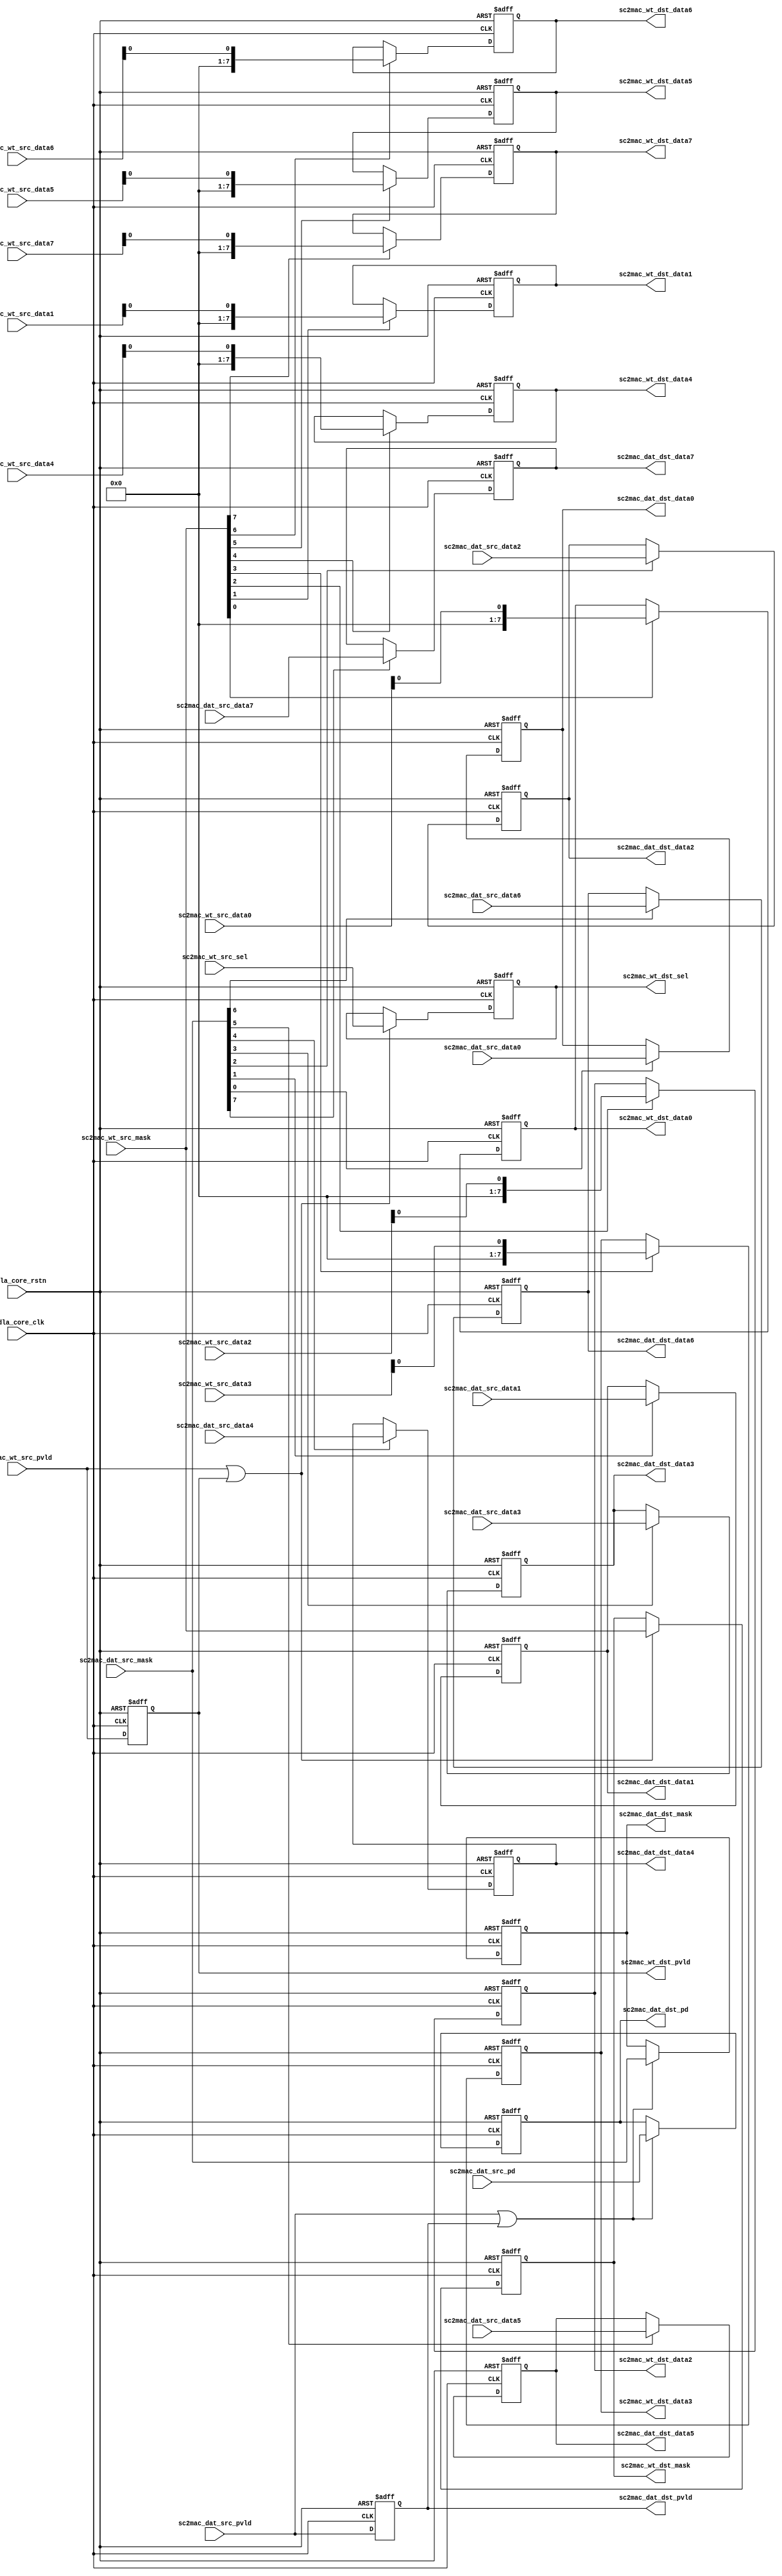
// ================================================================
// NVDLA Open Source Project
//
// Copyright(c) 2016 - 2017 NVIDIA Corporation. Licensed under the
// NVDLA Open Hardware License; Check "LICENSE" which comes with
// this distribution for more information.
// ================================================================
// ================================================================
// NVDLA Open Source Project
// 
// Copyright(c) 2016 - 2017 NVIDIA Corporation.  Licensed under the
// NVDLA Open Hardware License; Check "LICENSE" which comes with 
// this distribution for more information.
// ================================================================
    //entry bits
    //atomC
    //in bytes, entry/8
    //CSC_ENTRY_HEX/2
    //CSC_ENTRY_HEX/4
    //CSC_ENTRY_HEX-1
    //atomK
    //atomK
    //atomK*2
    `define CC_ATOMC_DIV_ATOMK_EQUAL_1
//image stripe keep 2*atomK
//batch keep 1
module NV_NVDLA_RT_csc2cmac_b(
   nvdla_core_clk
  ,nvdla_core_rstn
  ,sc2mac_wt_src_pvld
  ,sc2mac_wt_src_mask
//: for(my $i=0; $i<8; $i++){
//: print ",sc2mac_wt_src_data${i} \n";
//: }
//| eperl: generated_beg (DO NOT EDIT BELOW)
,sc2mac_wt_src_data0 
,sc2mac_wt_src_data1 
,sc2mac_wt_src_data2 
,sc2mac_wt_src_data3 
,sc2mac_wt_src_data4 
,sc2mac_wt_src_data5 
,sc2mac_wt_src_data6 
,sc2mac_wt_src_data7 

//| eperl: generated_end (DO NOT EDIT ABOVE)
  ,sc2mac_wt_src_sel
  ,sc2mac_dat_src_pvld
  ,sc2mac_dat_src_mask
//: for(my $i=0; $i<8; $i++){
//: print ",sc2mac_dat_src_data${i} \n";
//: }
//| eperl: generated_beg (DO NOT EDIT BELOW)
,sc2mac_dat_src_data0 
,sc2mac_dat_src_data1 
,sc2mac_dat_src_data2 
,sc2mac_dat_src_data3 
,sc2mac_dat_src_data4 
,sc2mac_dat_src_data5 
,sc2mac_dat_src_data6 
,sc2mac_dat_src_data7 

//| eperl: generated_end (DO NOT EDIT ABOVE)
  ,sc2mac_dat_src_pd
  ,sc2mac_wt_dst_pvld
  ,sc2mac_wt_dst_mask
//: for(my $i=0; $i<8; $i++){
//: print ",sc2mac_wt_dst_data${i} \n";
//: }
//| eperl: generated_beg (DO NOT EDIT BELOW)
,sc2mac_wt_dst_data0 
,sc2mac_wt_dst_data1 
,sc2mac_wt_dst_data2 
,sc2mac_wt_dst_data3 
,sc2mac_wt_dst_data4 
,sc2mac_wt_dst_data5 
,sc2mac_wt_dst_data6 
,sc2mac_wt_dst_data7 

//| eperl: generated_end (DO NOT EDIT ABOVE)
  ,sc2mac_wt_dst_sel
  ,sc2mac_dat_dst_pvld
  ,sc2mac_dat_dst_mask
//: for(my $i=0; $i<8; $i++){
//: print ",sc2mac_dat_dst_data${i} \n";
//: }
//| eperl: generated_beg (DO NOT EDIT BELOW)
,sc2mac_dat_dst_data0 
,sc2mac_dat_dst_data1 
,sc2mac_dat_dst_data2 
,sc2mac_dat_dst_data3 
,sc2mac_dat_dst_data4 
,sc2mac_dat_dst_data5 
,sc2mac_dat_dst_data6 
,sc2mac_dat_dst_data7 

//| eperl: generated_end (DO NOT EDIT ABOVE)
  ,sc2mac_dat_dst_pd
  );
//
// NV_NVDLA_RT_csc2cmac_ports.v
//
input nvdla_core_clk;
input nvdla_core_rstn;
input sc2mac_wt_src_pvld; /* data valid */
input [8 -1:0] sc2mac_wt_src_mask;
//: my $bb=8;
//: for(my $i=0; $i<8; $i++){
//: print "input   [${bb}-1:0] sc2mac_wt_src_data${i};  \n";
//: }
//| eperl: generated_beg (DO NOT EDIT BELOW)
input   [8-1:0] sc2mac_wt_src_data0;  
input   [8-1:0] sc2mac_wt_src_data1;  
input   [8-1:0] sc2mac_wt_src_data2;  
input   [8-1:0] sc2mac_wt_src_data3;  
input   [8-1:0] sc2mac_wt_src_data4;  
input   [8-1:0] sc2mac_wt_src_data5;  
input   [8-1:0] sc2mac_wt_src_data6;  
input   [8-1:0] sc2mac_wt_src_data7;  

//| eperl: generated_end (DO NOT EDIT ABOVE)
input [8/2 -1:0] sc2mac_wt_src_sel;
input sc2mac_dat_src_pvld; /* data valid */
input [8 -1:0] sc2mac_dat_src_mask;
//: my $bb=8;
//: for(my $i=0; $i<8; $i++){
//: print "input   [${bb}-1:0] sc2mac_dat_src_data${i};  \n";
//: }
//| eperl: generated_beg (DO NOT EDIT BELOW)
input   [8-1:0] sc2mac_dat_src_data0;  
input   [8-1:0] sc2mac_dat_src_data1;  
input   [8-1:0] sc2mac_dat_src_data2;  
input   [8-1:0] sc2mac_dat_src_data3;  
input   [8-1:0] sc2mac_dat_src_data4;  
input   [8-1:0] sc2mac_dat_src_data5;  
input   [8-1:0] sc2mac_dat_src_data6;  
input   [8-1:0] sc2mac_dat_src_data7;  

//| eperl: generated_end (DO NOT EDIT ABOVE)
input [8:0] sc2mac_dat_src_pd;
output sc2mac_wt_dst_pvld; /* data valid */
output [8 -1:0] sc2mac_wt_dst_mask;
//: my $bb=8;
//: for(my $i=0; $i<8; $i++){
//: print "output   [${bb}-1:0] sc2mac_wt_dst_data${i};  \n";
//: }
//| eperl: generated_beg (DO NOT EDIT BELOW)
output   [8-1:0] sc2mac_wt_dst_data0;  
output   [8-1:0] sc2mac_wt_dst_data1;  
output   [8-1:0] sc2mac_wt_dst_data2;  
output   [8-1:0] sc2mac_wt_dst_data3;  
output   [8-1:0] sc2mac_wt_dst_data4;  
output   [8-1:0] sc2mac_wt_dst_data5;  
output   [8-1:0] sc2mac_wt_dst_data6;  
output   [8-1:0] sc2mac_wt_dst_data7;  

//| eperl: generated_end (DO NOT EDIT ABOVE)
output [8/2 -1:0] sc2mac_wt_dst_sel;
output sc2mac_dat_dst_pvld; /* data valid */
output [8 -1:0] sc2mac_dat_dst_mask;
//: my $bb=8;
//: for(my $i=0; $i<8; $i++){
//: print "output   [${bb}-1:0] sc2mac_dat_dst_data${i};  \n";
//: }
//| eperl: generated_beg (DO NOT EDIT BELOW)
output   [8-1:0] sc2mac_dat_dst_data0;  
output   [8-1:0] sc2mac_dat_dst_data1;  
output   [8-1:0] sc2mac_dat_dst_data2;  
output   [8-1:0] sc2mac_dat_dst_data3;  
output   [8-1:0] sc2mac_dat_dst_data4;  
output   [8-1:0] sc2mac_dat_dst_data5;  
output   [8-1:0] sc2mac_dat_dst_data6;  
output   [8-1:0] sc2mac_dat_dst_data7;  

//| eperl: generated_end (DO NOT EDIT ABOVE)
output [8:0] sc2mac_dat_dst_pd;
//: my $delay = 1;
//: my $i;
//: my $j;
//: my $k;
//: my $bb=8;
//: my $kk=8/2;
//: my $cc=8;
//: print "wire sc2mac_wt_pvld_d0 = sc2mac_wt_src_pvld;\n";
//: print "wire[${kk}-1:0] sc2mac_wt_sel_d0 = sc2mac_wt_src_sel;\n";
//: print "wire[${cc}-1:0] sc2mac_wt_mask_d0 = sc2mac_wt_src_mask;\n";
//: for($k = 0; $k <8; $k ++) {
//: print "wire sc2mac_wt_data${k}_d0 = sc2mac_wt_src_data${k};\n";
//: }
//:
//: print "wire sc2mac_dat_pvld_d0 = sc2mac_dat_src_pvld;\n";
//: print "wire[8:0] sc2mac_dat_pd_d0 = sc2mac_dat_src_pd;\n";
//: print "wire[${cc}-1:0] sc2mac_dat_mask_d0 = sc2mac_dat_src_mask;\n";
//: for($k = 0; $k <8; $k ++) {
//: print "wire[${bb}-1:0] sc2mac_dat_data${k}_d0 = sc2mac_dat_src_data${k};\n";
//: }
//:
//: for($i = 0; $i < $delay; $i ++) {
//: $j = $i + 1;
//: &eperl::flop("-q sc2mac_wt_pvld_d${j} -d sc2mac_wt_pvld_d${i}");
//: &eperl::flop("-wid ${kk} -q sc2mac_wt_sel_d${j}  -en \"(sc2mac_wt_pvld_d${i} | sc2mac_wt_pvld_d${j})\" -d sc2mac_wt_sel_d${i}");
//: &eperl::flop("-wid ${cc} -q sc2mac_wt_mask_d${j} -en \"(sc2mac_wt_pvld_d${i} | sc2mac_wt_pvld_d${j})\" -d sc2mac_wt_mask_d${i}");
//: for($k = 0; $k <8; $k ++) {
//: &eperl::flop("-wid ${bb} -q sc2mac_wt_data${k}_d${j} -en sc2mac_wt_mask_d${i}[${k}] -d sc2mac_wt_data${k}_d${i}");
//: }
//:
//: &eperl::flop("-q sc2mac_dat_pvld_d${j} -d sc2mac_dat_pvld_d${i}");
//: &eperl::flop("-wid 9 -q sc2mac_dat_pd_d${j} -en \"(sc2mac_dat_pvld_d${i} | sc2mac_dat_pvld_d${j})\" -d sc2mac_dat_pd_d${i}");
//: &eperl::flop("-wid ${cc} -q sc2mac_dat_mask_d${j} -en \"(sc2mac_dat_pvld_d${i} | sc2mac_dat_pvld_d${j})\" -d sc2mac_dat_mask_d${i}");
//: for($k = 0; $k <8; $k ++) {
//: &eperl::flop("-wid ${bb} -q sc2mac_dat_data${k}_d${j} -en \"(sc2mac_dat_mask_d${i}[${k}])\" -d sc2mac_dat_data${k}_d${i}");
//: }
//: }
//:
//: $i = $delay;
//: print "wire sc2mac_wt_dst_pvld = sc2mac_wt_pvld_d${i};\n";
//: print "wire[${kk}-1:0] sc2mac_wt_dst_sel = sc2mac_wt_sel_d${i};\n";
//: print "wire[${cc}-1:0] sc2mac_wt_dst_mask = sc2mac_wt_mask_d${i};\n";
//: for($k = 0; $k <8; $k ++) {
//: print "wire[${bb}-1:0] sc2mac_wt_dst_data${k} = sc2mac_wt_data${k}_d${i};\n";
//: }
//:
//: print "wire sc2mac_dat_dst_pvld = sc2mac_dat_pvld_d${i};\n";
//: print "wire[8:0] sc2mac_dat_dst_pd = sc2mac_dat_pd_d${i};\n";
//: print "wire[${cc}-1:0] sc2mac_dat_dst_mask = sc2mac_dat_mask_d${i};\n";
//: for($k = 0; $k <8; $k ++) {
//: print "wire[${bb}-1:0] sc2mac_dat_dst_data${k} = sc2mac_dat_data${k}_d${i};\n";
//: }
//| eperl: generated_beg (DO NOT EDIT BELOW)
wire sc2mac_wt_pvld_d0 = sc2mac_wt_src_pvld;
wire[4-1:0] sc2mac_wt_sel_d0 = sc2mac_wt_src_sel;
wire[8-1:0] sc2mac_wt_mask_d0 = sc2mac_wt_src_mask;
wire sc2mac_wt_data0_d0 = sc2mac_wt_src_data0;
wire sc2mac_wt_data1_d0 = sc2mac_wt_src_data1;
wire sc2mac_wt_data2_d0 = sc2mac_wt_src_data2;
wire sc2mac_wt_data3_d0 = sc2mac_wt_src_data3;
wire sc2mac_wt_data4_d0 = sc2mac_wt_src_data4;
wire sc2mac_wt_data5_d0 = sc2mac_wt_src_data5;
wire sc2mac_wt_data6_d0 = sc2mac_wt_src_data6;
wire sc2mac_wt_data7_d0 = sc2mac_wt_src_data7;
wire sc2mac_dat_pvld_d0 = sc2mac_dat_src_pvld;
wire[8:0] sc2mac_dat_pd_d0 = sc2mac_dat_src_pd;
wire[8-1:0] sc2mac_dat_mask_d0 = sc2mac_dat_src_mask;
wire[8-1:0] sc2mac_dat_data0_d0 = sc2mac_dat_src_data0;
wire[8-1:0] sc2mac_dat_data1_d0 = sc2mac_dat_src_data1;
wire[8-1:0] sc2mac_dat_data2_d0 = sc2mac_dat_src_data2;
wire[8-1:0] sc2mac_dat_data3_d0 = sc2mac_dat_src_data3;
wire[8-1:0] sc2mac_dat_data4_d0 = sc2mac_dat_src_data4;
wire[8-1:0] sc2mac_dat_data5_d0 = sc2mac_dat_src_data5;
wire[8-1:0] sc2mac_dat_data6_d0 = sc2mac_dat_src_data6;
wire[8-1:0] sc2mac_dat_data7_d0 = sc2mac_dat_src_data7;
reg  sc2mac_wt_pvld_d1;
always @(posedge nvdla_core_clk or negedge nvdla_core_rstn) begin
   if (!nvdla_core_rstn) begin
       sc2mac_wt_pvld_d1 <= 'b0;
   end else begin
       sc2mac_wt_pvld_d1 <= sc2mac_wt_pvld_d0;
   end
end
reg [3:0] sc2mac_wt_sel_d1;
always @(posedge nvdla_core_clk or negedge nvdla_core_rstn) begin
   if (!nvdla_core_rstn) begin
       sc2mac_wt_sel_d1 <= 'b0;
   end else begin
       if (((sc2mac_wt_pvld_d0 | sc2mac_wt_pvld_d1)) == 1'b1) begin
           sc2mac_wt_sel_d1 <= sc2mac_wt_sel_d0;
       // VCS coverage off
       end else if (((sc2mac_wt_pvld_d0 | sc2mac_wt_pvld_d1)) == 1'b0) begin
       end else begin
           sc2mac_wt_sel_d1 <= 'bx;
       // VCS coverage on
       end
   end
end
reg [7:0] sc2mac_wt_mask_d1;
always @(posedge nvdla_core_clk or negedge nvdla_core_rstn) begin
   if (!nvdla_core_rstn) begin
       sc2mac_wt_mask_d1 <= 'b0;
   end else begin
       if (((sc2mac_wt_pvld_d0 | sc2mac_wt_pvld_d1)) == 1'b1) begin
           sc2mac_wt_mask_d1 <= sc2mac_wt_mask_d0;
       // VCS coverage off
       end else if (((sc2mac_wt_pvld_d0 | sc2mac_wt_pvld_d1)) == 1'b0) begin
       end else begin
           sc2mac_wt_mask_d1 <= 'bx;
       // VCS coverage on
       end
   end
end
reg [7:0] sc2mac_wt_data0_d1;
always @(posedge nvdla_core_clk or negedge nvdla_core_rstn) begin
   if (!nvdla_core_rstn) begin
       sc2mac_wt_data0_d1 <= 'b0;
   end else begin
       if ((sc2mac_wt_mask_d0[0]) == 1'b1) begin
           sc2mac_wt_data0_d1 <= sc2mac_wt_data0_d0;
       // VCS coverage off
       end else if ((sc2mac_wt_mask_d0[0]) == 1'b0) begin
       end else begin
           sc2mac_wt_data0_d1 <= 'bx;
       // VCS coverage on
       end
   end
end
reg [7:0] sc2mac_wt_data1_d1;
always @(posedge nvdla_core_clk or negedge nvdla_core_rstn) begin
   if (!nvdla_core_rstn) begin
       sc2mac_wt_data1_d1 <= 'b0;
   end else begin
       if ((sc2mac_wt_mask_d0[1]) == 1'b1) begin
           sc2mac_wt_data1_d1 <= sc2mac_wt_data1_d0;
       // VCS coverage off
       end else if ((sc2mac_wt_mask_d0[1]) == 1'b0) begin
       end else begin
           sc2mac_wt_data1_d1 <= 'bx;
       // VCS coverage on
       end
   end
end
reg [7:0] sc2mac_wt_data2_d1;
always @(posedge nvdla_core_clk or negedge nvdla_core_rstn) begin
   if (!nvdla_core_rstn) begin
       sc2mac_wt_data2_d1 <= 'b0;
   end else begin
       if ((sc2mac_wt_mask_d0[2]) == 1'b1) begin
           sc2mac_wt_data2_d1 <= sc2mac_wt_data2_d0;
       // VCS coverage off
       end else if ((sc2mac_wt_mask_d0[2]) == 1'b0) begin
       end else begin
           sc2mac_wt_data2_d1 <= 'bx;
       // VCS coverage on
       end
   end
end
reg [7:0] sc2mac_wt_data3_d1;
always @(posedge nvdla_core_clk or negedge nvdla_core_rstn) begin
   if (!nvdla_core_rstn) begin
       sc2mac_wt_data3_d1 <= 'b0;
   end else begin
       if ((sc2mac_wt_mask_d0[3]) == 1'b1) begin
           sc2mac_wt_data3_d1 <= sc2mac_wt_data3_d0;
       // VCS coverage off
       end else if ((sc2mac_wt_mask_d0[3]) == 1'b0) begin
       end else begin
           sc2mac_wt_data3_d1 <= 'bx;
       // VCS coverage on
       end
   end
end
reg [7:0] sc2mac_wt_data4_d1;
always @(posedge nvdla_core_clk or negedge nvdla_core_rstn) begin
   if (!nvdla_core_rstn) begin
       sc2mac_wt_data4_d1 <= 'b0;
   end else begin
       if ((sc2mac_wt_mask_d0[4]) == 1'b1) begin
           sc2mac_wt_data4_d1 <= sc2mac_wt_data4_d0;
       // VCS coverage off
       end else if ((sc2mac_wt_mask_d0[4]) == 1'b0) begin
       end else begin
           sc2mac_wt_data4_d1 <= 'bx;
       // VCS coverage on
       end
   end
end
reg [7:0] sc2mac_wt_data5_d1;
always @(posedge nvdla_core_clk or negedge nvdla_core_rstn) begin
   if (!nvdla_core_rstn) begin
       sc2mac_wt_data5_d1 <= 'b0;
   end else begin
       if ((sc2mac_wt_mask_d0[5]) == 1'b1) begin
           sc2mac_wt_data5_d1 <= sc2mac_wt_data5_d0;
       // VCS coverage off
       end else if ((sc2mac_wt_mask_d0[5]) == 1'b0) begin
       end else begin
           sc2mac_wt_data5_d1 <= 'bx;
       // VCS coverage on
       end
   end
end
reg [7:0] sc2mac_wt_data6_d1;
always @(posedge nvdla_core_clk or negedge nvdla_core_rstn) begin
   if (!nvdla_core_rstn) begin
       sc2mac_wt_data6_d1 <= 'b0;
   end else begin
       if ((sc2mac_wt_mask_d0[6]) == 1'b1) begin
           sc2mac_wt_data6_d1 <= sc2mac_wt_data6_d0;
       // VCS coverage off
       end else if ((sc2mac_wt_mask_d0[6]) == 1'b0) begin
       end else begin
           sc2mac_wt_data6_d1 <= 'bx;
       // VCS coverage on
       end
   end
end
reg [7:0] sc2mac_wt_data7_d1;
always @(posedge nvdla_core_clk or negedge nvdla_core_rstn) begin
   if (!nvdla_core_rstn) begin
       sc2mac_wt_data7_d1 <= 'b0;
   end else begin
       if ((sc2mac_wt_mask_d0[7]) == 1'b1) begin
           sc2mac_wt_data7_d1 <= sc2mac_wt_data7_d0;
       // VCS coverage off
       end else if ((sc2mac_wt_mask_d0[7]) == 1'b0) begin
       end else begin
           sc2mac_wt_data7_d1 <= 'bx;
       // VCS coverage on
       end
   end
end
reg  sc2mac_dat_pvld_d1;
always @(posedge nvdla_core_clk or negedge nvdla_core_rstn) begin
   if (!nvdla_core_rstn) begin
       sc2mac_dat_pvld_d1 <= 'b0;
   end else begin
       sc2mac_dat_pvld_d1 <= sc2mac_dat_pvld_d0;
   end
end
reg [8:0] sc2mac_dat_pd_d1;
always @(posedge nvdla_core_clk or negedge nvdla_core_rstn) begin
   if (!nvdla_core_rstn) begin
       sc2mac_dat_pd_d1 <= 'b0;
   end else begin
       if (((sc2mac_dat_pvld_d0 | sc2mac_dat_pvld_d1)) == 1'b1) begin
           sc2mac_dat_pd_d1 <= sc2mac_dat_pd_d0;
       // VCS coverage off
       end else if (((sc2mac_dat_pvld_d0 | sc2mac_dat_pvld_d1)) == 1'b0) begin
       end else begin
           sc2mac_dat_pd_d1 <= 'bx;
       // VCS coverage on
       end
   end
end
reg [7:0] sc2mac_dat_mask_d1;
always @(posedge nvdla_core_clk or negedge nvdla_core_rstn) begin
   if (!nvdla_core_rstn) begin
       sc2mac_dat_mask_d1 <= 'b0;
   end else begin
       if (((sc2mac_dat_pvld_d0 | sc2mac_dat_pvld_d1)) == 1'b1) begin
           sc2mac_dat_mask_d1 <= sc2mac_dat_mask_d0;
       // VCS coverage off
       end else if (((sc2mac_dat_pvld_d0 | sc2mac_dat_pvld_d1)) == 1'b0) begin
       end else begin
           sc2mac_dat_mask_d1 <= 'bx;
       // VCS coverage on
       end
   end
end
reg [7:0] sc2mac_dat_data0_d1;
always @(posedge nvdla_core_clk or negedge nvdla_core_rstn) begin
   if (!nvdla_core_rstn) begin
       sc2mac_dat_data0_d1 <= 'b0;
   end else begin
       if (((sc2mac_dat_mask_d0[0])) == 1'b1) begin
           sc2mac_dat_data0_d1 <= sc2mac_dat_data0_d0;
       // VCS coverage off
       end else if (((sc2mac_dat_mask_d0[0])) == 1'b0) begin
       end else begin
           sc2mac_dat_data0_d1 <= 'bx;
       // VCS coverage on
       end
   end
end
reg [7:0] sc2mac_dat_data1_d1;
always @(posedge nvdla_core_clk or negedge nvdla_core_rstn) begin
   if (!nvdla_core_rstn) begin
       sc2mac_dat_data1_d1 <= 'b0;
   end else begin
       if (((sc2mac_dat_mask_d0[1])) == 1'b1) begin
           sc2mac_dat_data1_d1 <= sc2mac_dat_data1_d0;
       // VCS coverage off
       end else if (((sc2mac_dat_mask_d0[1])) == 1'b0) begin
       end else begin
           sc2mac_dat_data1_d1 <= 'bx;
       // VCS coverage on
       end
   end
end
reg [7:0] sc2mac_dat_data2_d1;
always @(posedge nvdla_core_clk or negedge nvdla_core_rstn) begin
   if (!nvdla_core_rstn) begin
       sc2mac_dat_data2_d1 <= 'b0;
   end else begin
       if (((sc2mac_dat_mask_d0[2])) == 1'b1) begin
           sc2mac_dat_data2_d1 <= sc2mac_dat_data2_d0;
       // VCS coverage off
       end else if (((sc2mac_dat_mask_d0[2])) == 1'b0) begin
       end else begin
           sc2mac_dat_data2_d1 <= 'bx;
       // VCS coverage on
       end
   end
end
reg [7:0] sc2mac_dat_data3_d1;
always @(posedge nvdla_core_clk or negedge nvdla_core_rstn) begin
   if (!nvdla_core_rstn) begin
       sc2mac_dat_data3_d1 <= 'b0;
   end else begin
       if (((sc2mac_dat_mask_d0[3])) == 1'b1) begin
           sc2mac_dat_data3_d1 <= sc2mac_dat_data3_d0;
       // VCS coverage off
       end else if (((sc2mac_dat_mask_d0[3])) == 1'b0) begin
       end else begin
           sc2mac_dat_data3_d1 <= 'bx;
       // VCS coverage on
       end
   end
end
reg [7:0] sc2mac_dat_data4_d1;
always @(posedge nvdla_core_clk or negedge nvdla_core_rstn) begin
   if (!nvdla_core_rstn) begin
       sc2mac_dat_data4_d1 <= 'b0;
   end else begin
       if (((sc2mac_dat_mask_d0[4])) == 1'b1) begin
           sc2mac_dat_data4_d1 <= sc2mac_dat_data4_d0;
       // VCS coverage off
       end else if (((sc2mac_dat_mask_d0[4])) == 1'b0) begin
       end else begin
           sc2mac_dat_data4_d1 <= 'bx;
       // VCS coverage on
       end
   end
end
reg [7:0] sc2mac_dat_data5_d1;
always @(posedge nvdla_core_clk or negedge nvdla_core_rstn) begin
   if (!nvdla_core_rstn) begin
       sc2mac_dat_data5_d1 <= 'b0;
   end else begin
       if (((sc2mac_dat_mask_d0[5])) == 1'b1) begin
           sc2mac_dat_data5_d1 <= sc2mac_dat_data5_d0;
       // VCS coverage off
       end else if (((sc2mac_dat_mask_d0[5])) == 1'b0) begin
       end else begin
           sc2mac_dat_data5_d1 <= 'bx;
       // VCS coverage on
       end
   end
end
reg [7:0] sc2mac_dat_data6_d1;
always @(posedge nvdla_core_clk or negedge nvdla_core_rstn) begin
   if (!nvdla_core_rstn) begin
       sc2mac_dat_data6_d1 <= 'b0;
   end else begin
       if (((sc2mac_dat_mask_d0[6])) == 1'b1) begin
           sc2mac_dat_data6_d1 <= sc2mac_dat_data6_d0;
       // VCS coverage off
       end else if (((sc2mac_dat_mask_d0[6])) == 1'b0) begin
       end else begin
           sc2mac_dat_data6_d1 <= 'bx;
       // VCS coverage on
       end
   end
end
reg [7:0] sc2mac_dat_data7_d1;
always @(posedge nvdla_core_clk or negedge nvdla_core_rstn) begin
   if (!nvdla_core_rstn) begin
       sc2mac_dat_data7_d1 <= 'b0;
   end else begin
       if (((sc2mac_dat_mask_d0[7])) == 1'b1) begin
           sc2mac_dat_data7_d1 <= sc2mac_dat_data7_d0;
       // VCS coverage off
       end else if (((sc2mac_dat_mask_d0[7])) == 1'b0) begin
       end else begin
           sc2mac_dat_data7_d1 <= 'bx;
       // VCS coverage on
       end
   end
end
wire sc2mac_wt_dst_pvld = sc2mac_wt_pvld_d1;
wire[4-1:0] sc2mac_wt_dst_sel = sc2mac_wt_sel_d1;
wire[8-1:0] sc2mac_wt_dst_mask = sc2mac_wt_mask_d1;
wire[8-1:0] sc2mac_wt_dst_data0 = sc2mac_wt_data0_d1;
wire[8-1:0] sc2mac_wt_dst_data1 = sc2mac_wt_data1_d1;
wire[8-1:0] sc2mac_wt_dst_data2 = sc2mac_wt_data2_d1;
wire[8-1:0] sc2mac_wt_dst_data3 = sc2mac_wt_data3_d1;
wire[8-1:0] sc2mac_wt_dst_data4 = sc2mac_wt_data4_d1;
wire[8-1:0] sc2mac_wt_dst_data5 = sc2mac_wt_data5_d1;
wire[8-1:0] sc2mac_wt_dst_data6 = sc2mac_wt_data6_d1;
wire[8-1:0] sc2mac_wt_dst_data7 = sc2mac_wt_data7_d1;
wire sc2mac_dat_dst_pvld = sc2mac_dat_pvld_d1;
wire[8:0] sc2mac_dat_dst_pd = sc2mac_dat_pd_d1;
wire[8-1:0] sc2mac_dat_dst_mask = sc2mac_dat_mask_d1;
wire[8-1:0] sc2mac_dat_dst_data0 = sc2mac_dat_data0_d1;
wire[8-1:0] sc2mac_dat_dst_data1 = sc2mac_dat_data1_d1;
wire[8-1:0] sc2mac_dat_dst_data2 = sc2mac_dat_data2_d1;
wire[8-1:0] sc2mac_dat_dst_data3 = sc2mac_dat_data3_d1;
wire[8-1:0] sc2mac_dat_dst_data4 = sc2mac_dat_data4_d1;
wire[8-1:0] sc2mac_dat_dst_data5 = sc2mac_dat_data5_d1;
wire[8-1:0] sc2mac_dat_dst_data6 = sc2mac_dat_data6_d1;
wire[8-1:0] sc2mac_dat_dst_data7 = sc2mac_dat_data7_d1;

//| eperl: generated_end (DO NOT EDIT ABOVE)
endmodule // NV_NVDLA_RT_csc2cmac_b